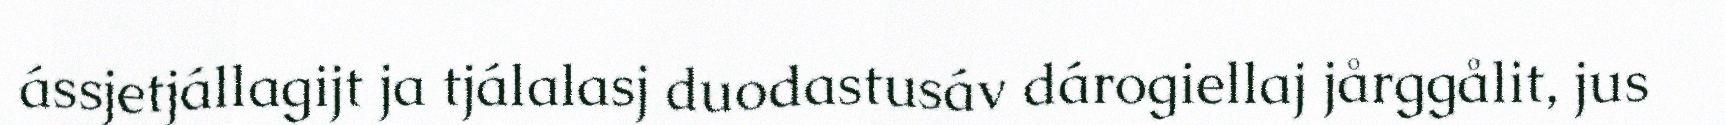
ássjetjállagijt ja tjálalasj duodastusáv dárogiellaj jårggålit, jus